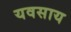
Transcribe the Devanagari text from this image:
यवसाय